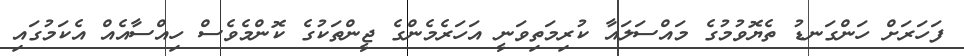
ފަހަރަށް ހަންގަނޑު ތެޔޮވުމުގެ މައްސަލައާ ކުރިމަތިވަނީ އަހަރެމެންގެ ޖީންތަކުގެ ކޮންމެވެސް ހިއްސާއެއް އެކަމުގައި